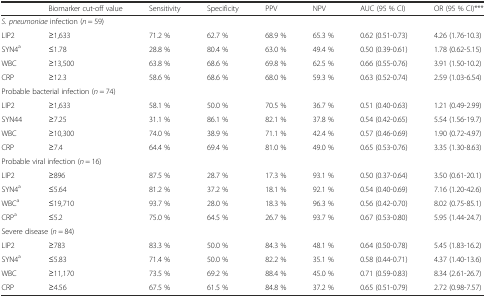
<table><thead><tr><td></td><td><b>Biomarker cut-off value</b></td><td><b>Sensitivity</b></td><td><b>Specificity</b></td><td><b>PPV</b></td><td><b>NPV</b></td><td><b>AUC (95 % CI)</b></td><td><b>OR (95 % CI)***</b></td></tr></thead><tbody><tr><td colspan="8"><i>S. pneumoniae</i> infection (<i>n</i> = 59)</td></tr><tr><td>LIP2</td><td>≥1,633</td><td>71.2 %</td><td>62.7 %</td><td>68.9 %</td><td>65.3 %</td><td>0.62 (0.51-0.73)</td><td>4.26 (1.76-10.3)</td></tr><tr><td>SYN4<sup>a</sup></td><td>≤1.78</td><td>28.8 %</td><td>80.4 %</td><td>63.0 %</td><td>49.4 %</td><td>0.50 (0.39-0.61)</td><td>1.78 (0.62-5.15)</td></tr><tr><td>WBC</td><td>≥13,500</td><td>63.8 %</td><td>68.6 %</td><td>69.8 %</td><td>62.5 %</td><td>0.66 (0.55-0.76)</td><td>3.91 (1.50-10.2)</td></tr><tr><td>CRP</td><td>≥12.3</td><td>58.6 %</td><td>68.6 %</td><td>68.0 %</td><td>59.3 %</td><td>0.63 (0.52-0.74)</td><td>2.59 (1.03-6.54)</td></tr><tr><td colspan="8">Probable bacterial infection (<i>n</i> = 74)</td></tr><tr><td>LIP2</td><td>≥1,633</td><td>58.1 %</td><td>50.0 %</td><td>70.5 %</td><td>36.7 %</td><td>0.51 (0.40-0.63)</td><td>1.21 (0.49-2.99)</td></tr><tr><td>SYN44</td><td>≥7.25</td><td>31.1 %</td><td>86.1 %</td><td>82.1 %</td><td>37.8 %</td><td>0.54 (0.42-0.65)</td><td>5.54 (1.56-19.7)</td></tr><tr><td>WBC</td><td>≥10,300</td><td>74.0 %</td><td>38.9 %</td><td>71.1 %</td><td>42.4 %</td><td>0.57 (0.46-0.69)</td><td>1.90 (0.72-4.97)</td></tr><tr><td>CRP</td><td>≥7.4</td><td>64.4 %</td><td>69.4 %</td><td>81.0 %</td><td>49.0 %</td><td>0.65 (0.53-0.76)</td><td>3.35 (1.30-8.63)</td></tr><tr><td colspan="8">Probable viral infection (<i>n</i> = 16)</td></tr><tr><td>LIP2</td><td>≥896</td><td>87.5 %</td><td>28.7 %</td><td>17.3 %</td><td>93.1 %</td><td>0.50 (0.37-0.64)</td><td>3.50 (0.61-20.1)</td></tr><tr><td>SYN4<sup>a</sup></td><td>≤5.64</td><td>81.2 %</td><td>37.2 %</td><td>18.1 %</td><td>92.1 %</td><td>0.54 (0.40-0.69)</td><td>7.16 (1.20-42.6)</td></tr><tr><td>WBC<sup>a</sup></td><td>≤19,710</td><td>93.7 %</td><td>28.0 %</td><td>18.3 %</td><td>96.3 %</td><td>0.56 (0.42-0.70)</td><td>8.02 (0.75-85.1)</td></tr><tr><td>CRP<sup>a</sup></td><td>≤5.2</td><td>75.0 %</td><td>64.5 %</td><td>26.7 %</td><td>93.7 %</td><td>0.67 (0.53-0.80)</td><td>5.95 (1.44-24.7)</td></tr><tr><td colspan="8">Severe disease (<i>n</i> = 84)</td></tr><tr><td>LIP2</td><td>≥783</td><td>83.3 %</td><td>50.0 %</td><td>84.3 %</td><td>48.1 %</td><td>0.64 (0.50-0.78)</td><td>5.45 (1.83-16.2)</td></tr><tr><td>SYN4<sup>a</sup></td><td>≤5.83</td><td>71.4 %</td><td>50.0 %</td><td>82.2 %</td><td>35.1 %</td><td>0.58 (0.44-0.71)</td><td>4.37 (1.40-13.6)</td></tr><tr><td>WBC</td><td>≥11,170</td><td>73.5 %</td><td>69.2 %</td><td>88.4 %</td><td>45.0 %</td><td>0.71 (0.59-0.83)</td><td>8.34 (2.61-26.7)</td></tr><tr><td>CRP</td><td>≥4.56</td><td>67.5 %</td><td>61.5 %</td><td>84.8 %</td><td>37.2 %</td><td>0.65 (0.51-0.79)</td><td>2.72 (0.98-7.57)</td></tr></tbody></table>